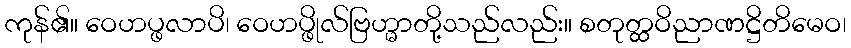
ကုန်၏။ ဝေဟပ္ဖလာပိ၊ ဝေဟပ္ဖိုလ်ဗြဟ္မာတို့သည်လည်း။ စတုတ္ထဝိညာဏဋ္ဌိတိမေဝ၊